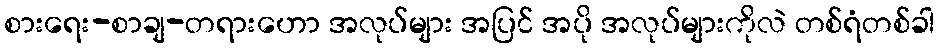
စားရေး-စာချ-တရားဟော အလုပ်များ အပြင် အပို အလုပ်များကိုလဲ တစ်ရံတစ်ခါ